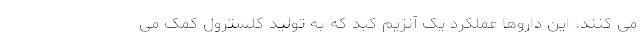
می کنند. این داروها عملکرد یک آنزیم کبد که به تولید کلسترول کمک می